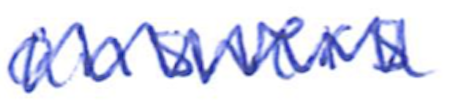
Text: answers
Cross-out: mix
Writing tool: ballpoint